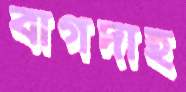
বাগদাহ